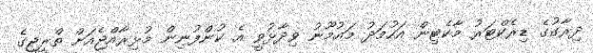
ދިރާގުގެ ޑިރެކްޓަރު މާކެޓިން އަހުމަދު މައުމޫނު ވިދާޅުވީ އެ ކުންފުނިން މުޅިރާއްޖެއަށް ތްރީޖީގެ